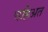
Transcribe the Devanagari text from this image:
चहिअत